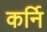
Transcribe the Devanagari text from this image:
कर्नि